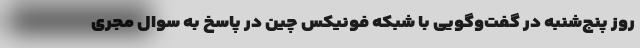
روز پنج‌شنبه در گفت‌وگویی با شبکه فونیکس چین در پاسخ به سوال مجری